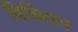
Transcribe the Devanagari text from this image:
विधितत